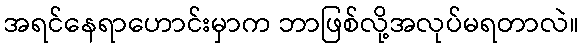
အရင်နေရာဟောင်းမှာက ဘာဖြစ်လို့အလုပ်မရတာလဲ။